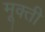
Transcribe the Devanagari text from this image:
मूक्ती